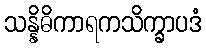
သန္နိဓိကာရကသိက္ခာပဒံ